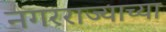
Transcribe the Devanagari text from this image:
नगरराज्याच्या